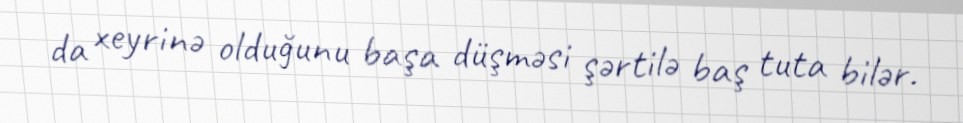
da xeyrinə olduğunu başa düşməsi şərtilə baş tuta bilər.